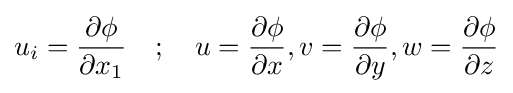
u_{i}={\frac {\partial \phi }{\partial x_{1}}}\quad ;\quad u={\frac {\partial \phi }{\partial x}},v={\frac {\partial \phi }{\partial y}},w={\frac {\partial \phi }{\partial z}}